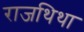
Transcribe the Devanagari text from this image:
राजथिथा